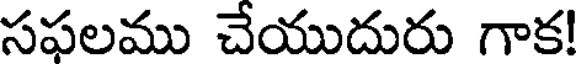
సఫలము చేయుదురు గాక!